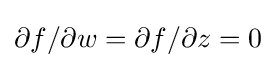
\partial f/\partial w=\partial f/\partial z=0